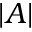
| A |